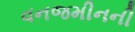
વનજમીનની